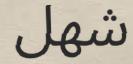
شھل